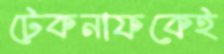
টেকনাফকেই